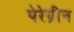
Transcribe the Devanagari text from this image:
पेरेग्रीन